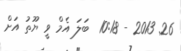
26